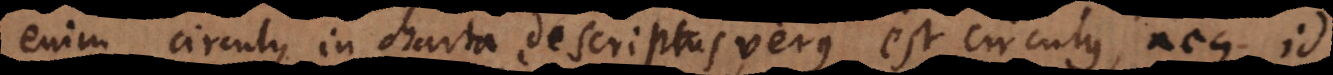
enim circulus in charta descriptus verus est circulus, neque id